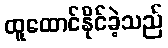
ထူထောင်နိုင်ခဲ့သည်